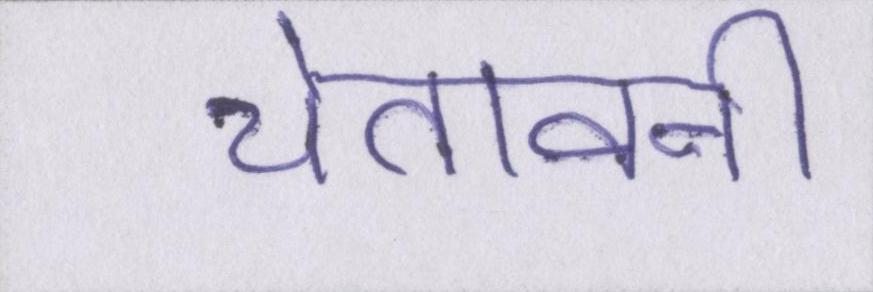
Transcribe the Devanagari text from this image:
चेतावनी